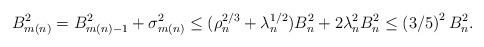
LaTeX: \begin{align*} B_{m(n)}^2=B_{m(n)-1}^2+\sigma_{m(n)}^2\le(\rho_n^{2/3}+\lambda_n^{1/2})B_n^2+2\lambda_n^2B_n^2\le \left(3/5\right)^2B_n^2.\end{align*}